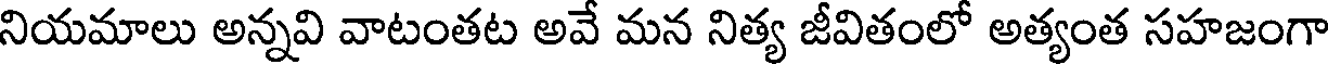
నియమాలు అన్నవి వాటంతట అవే మన నిత్య జీవితంలో అత్యంత సహజంగా